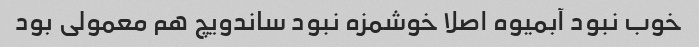
خوب نبود آبمیوه اصلا خوشمزه نبود ساندویچ هم معمولی بود